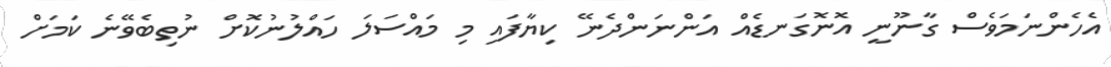
އެހެންނަމަވެސް ގާނޫނީ އޮނޮގަނޑެއް އަންނަންދެނޭ ކިޔާފައި މި މައްސަލަ ހައްލުނުކޮށް ނުތިބެވޭނެ ކަަމަށް